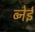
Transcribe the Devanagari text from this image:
ब्नेई